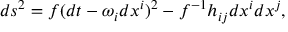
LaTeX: d s ^ { 2 } = f ( d t - \omega _ { i } d x ^ { i } ) ^ { 2 } - f ^ { - 1 } h _ { i j } d x ^ { i } d x ^ { j } ,